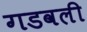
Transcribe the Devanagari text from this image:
गडवली